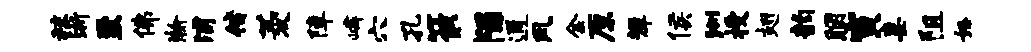
秣浙至佛瀚浦偕菱障嶙穴孔筱隰通风金原墀侯洲授翅韵胭寅妻阻怒